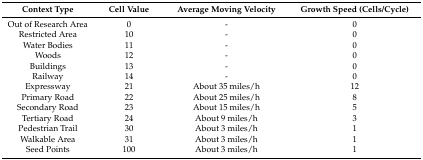
| Context Type | Cell Value | Average Moving Velocity | Growth Speed (Cells/Cycle) |
 | --- | --- | --- | --- |
 | Out of Research Area | 0 | - | 0 |
 | Restricted Area | 10 | - | 0 |
 | Water Bodies | 11 | - | 0 |
 | Woods | 12 | - | 0 |
 | Buildings | 13 | - | 0 |
 | Railway | 14 | - | 0 |
 | Expressway | 21 | About 35 miles/h | 12 |
 | Primary Road | 22 | About 25 miles/h | 8 |
 | Secondary Road | 23 | About 15 miles/h | 5 |
 | Tertiary Road | 24 | About 9 miles/h | 3 |
 | Pedestrian Trail | 30 | About 3 miles/h | 1 |
 | Walkable Area | 31 | About 3 miles/h | 1 |
 | Seed Points | 100 | About 3 miles/h | 1 |